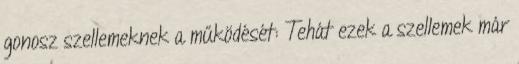
gonosz szellemeknek a működését: Tehát ezek a szellemek már